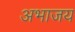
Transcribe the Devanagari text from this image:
अभाजय